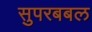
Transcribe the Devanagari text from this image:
सुपरबबल